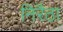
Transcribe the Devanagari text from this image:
निरैठा